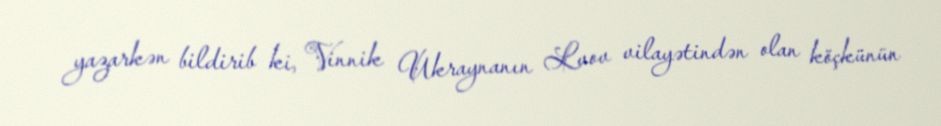
yazarkən bildirib ki, Vinnik Ukraynanın Lvov vilayətindən olan köçkünün